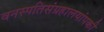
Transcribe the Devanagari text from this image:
वनस्पतिसंग्रहालयांपकी